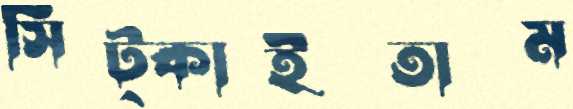
সিট্‌কাইতাম